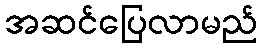
အဆင်ပြေလာမည်